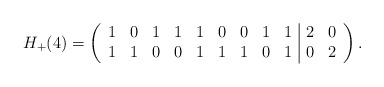
\begin{align*} H_+(4)=\left(\begin{array}{ccccccccc|cc}1&0&1 & 1&1&0 & 0&1&1 & 2&0\\1&1&0 & 0&1&1 & 1&0&1 & 0&2\end{array}\right).\end{align*}